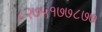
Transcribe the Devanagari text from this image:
८२७५१७७८७७